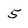
Character: 5